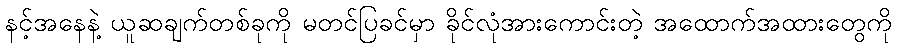
နင့်အနေနဲ့ ယူဆချက်တစ်ခုကို မတင်ပြခင်မှာ ခိုင်လုံအားကောင်းတဲ့ အထောက်အထားတွေကို